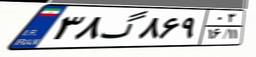
۳۸گ۸۶۹۰۳